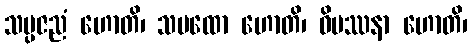
သမ္ပဇညံ ဟောတိ၊ သမထော ဟောတိ၊ ဝိပဿနာ ဟောတိ၊